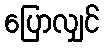
ပြောလျှင်